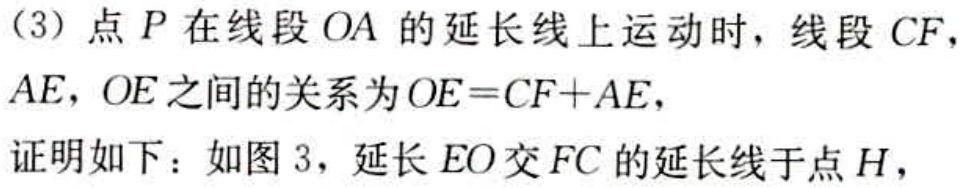
(3) 点 \(P\) 在线段 \(OA\) 的延长线上运动时，线段 \(CF\)，\(AE\)，\(OE\) 之间的关系为 \(OE = CF + AE\)，
证明如下：如图 3，延长 \(EO\) 交 \(FC\) 的延长线于点 \(H\)，